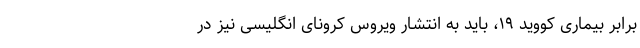
برابر بیماری کووید ۱۹، باید به انتشار ویروس کرونای انگلیسی نیز در